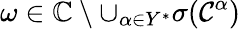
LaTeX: \omega\in\mathbb{C}\setminus\cup_{\alpha\in Y^{*}}\sigma(\mathcal{C}^{\alpha})